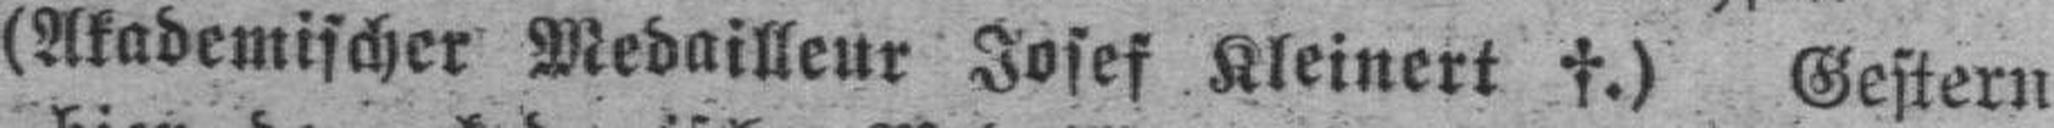
(Akademischer Medailleur Josef Kleinert †.) Gestern